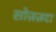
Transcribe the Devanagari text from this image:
सोज़ज़दा